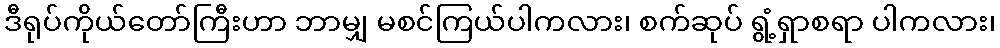
ဒီရုပ်ကိုယ်တော်ကြီးဟာ ဘာမျှ မစင်ကြယ်ပါကလား၊ စက်ဆုပ် ရွံ့ရှာစရာ ပါကလား၊